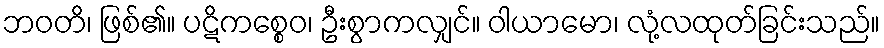
ဘဝတိ၊ ဖြစ်၏။ ပဋိကစ္စေဝ၊ ဦးစွာကလျှင်။ ဝါယာမော၊ လုံ့လထုတ်ခြင်းသည်။